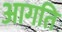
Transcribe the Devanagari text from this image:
आगति